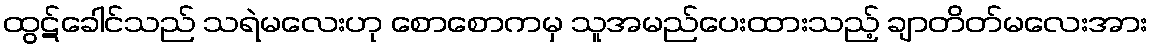
ထွဋ်ခေါင်သည် သရဲမလေးဟု စောစောကမှ သူအမည်ပေးထားသည့် ချာတိတ်မလေးအား